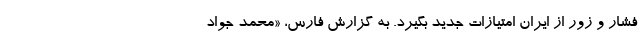
فشار و زور از ایران امتیازات جدید بگیرد. به گزارش فارس، «محمد جواد